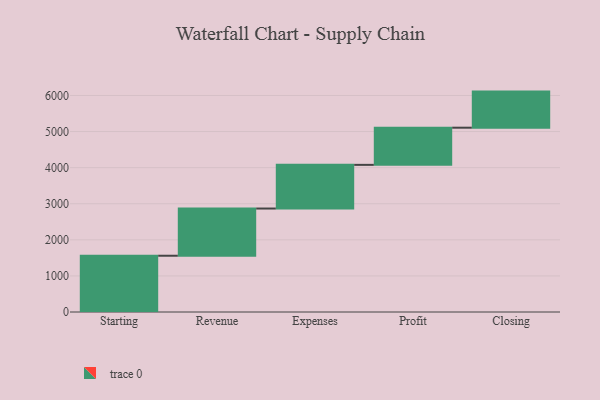
{"axis": {"x": "Step", "y": "Value"}, "legend": [""], "data": [{"x": "Starting", "y": 1559.0, "type": ""}, {"x": "Revenue", "y": 1308.0, "type": ""}, {"x": "Expenses", "y": 1210.0, "type": ""}, {"x": "Profit", "y": 1030.0, "type": ""}, {"x": "Closing", "y": 1000, "type": ""}]}